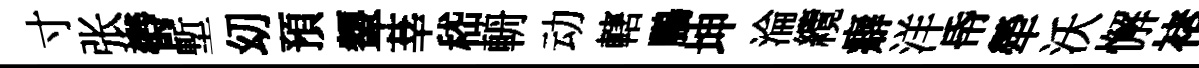
寸张欎塹㓜預顰莘嵇輈动轄鵬坤淪纜癖洋帋犖沃懈褚